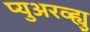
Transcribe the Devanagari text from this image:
प्युअरव्ह्यु